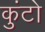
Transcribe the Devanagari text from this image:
कुंटो